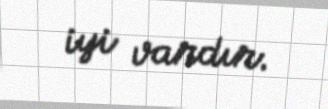
iyi vardır.